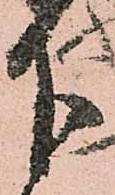
被